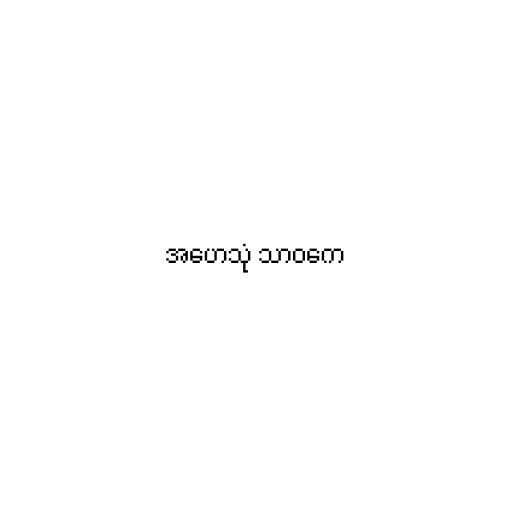
အဟေသုံ သာဝကေ